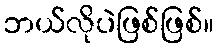
ဘယ်လိုပဲဖြစ်ဖြစ်။